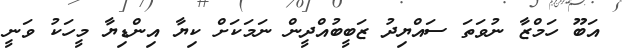
އަބޫ ހަމްޒާ ނުވަތަ ސައްޔިދު ޒަބީބުއްދީން ނަމަކަށް ކިޔާ އިންޑިޔާ މީހަކު ވަނީ